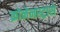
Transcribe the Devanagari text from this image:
क्रोनेनस्ट्रासे